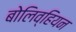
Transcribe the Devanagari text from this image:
बोलिव्हियन